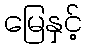
မြေနှင့်